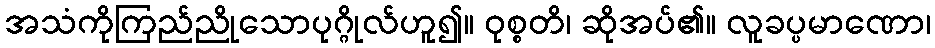
အသံကိုကြည်ညိုသောပုဂ္ဂိုလ်ဟူ၍။ ဝုစ္စတိ၊ ဆိုအပ်၏။ လူခပ္ပမာဏော၊